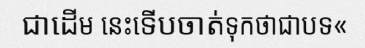
ជាដើម នេះទើបចាត់ទុកថាជាបទ«